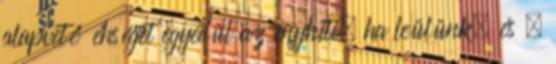
alapvető éhséget egyedül az enyhíti, ha leülünk, és –